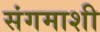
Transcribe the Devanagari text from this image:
संगमाशी